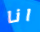
انا